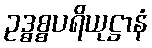
ဥဒ္ဓစ္စပရိယုဋ္ဌာနံ